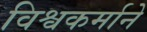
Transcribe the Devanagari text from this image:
विश्वकर्माने